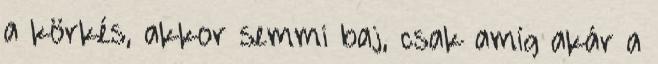
a körkés, akkor semmi baj, csak amíg akár a